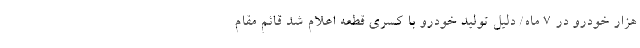
هزار خودرو در ۷ ماه/ دلیل تولید خودرو با کسری قطعه اعلام شد قائم مقام